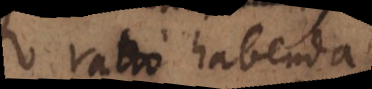
ratio habenda,